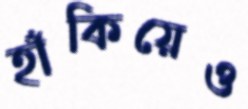
হাঁকিয়েও